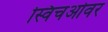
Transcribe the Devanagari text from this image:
स्विचओवर